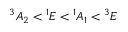
{ } ^ { 3 } A _ { 2 } < { } ^ { 1 } E < { } ^ { 1 } A _ { 1 } < { } ^ { 3 } E